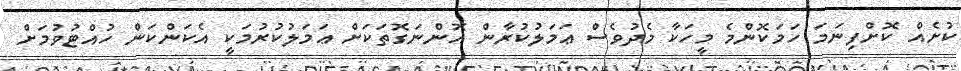
ކުށެއް ކޮށްފިނަމަ ހަމަކޮންމެ މީހަކާ މެދުވެސް ޢަމަލުކުރާން އޮންނަގޮތަކަށް ޢަމަލުކުރުމަކީ އެކަންކަން ހުއްޓުވުމަށް